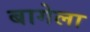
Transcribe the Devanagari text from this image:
बागेला